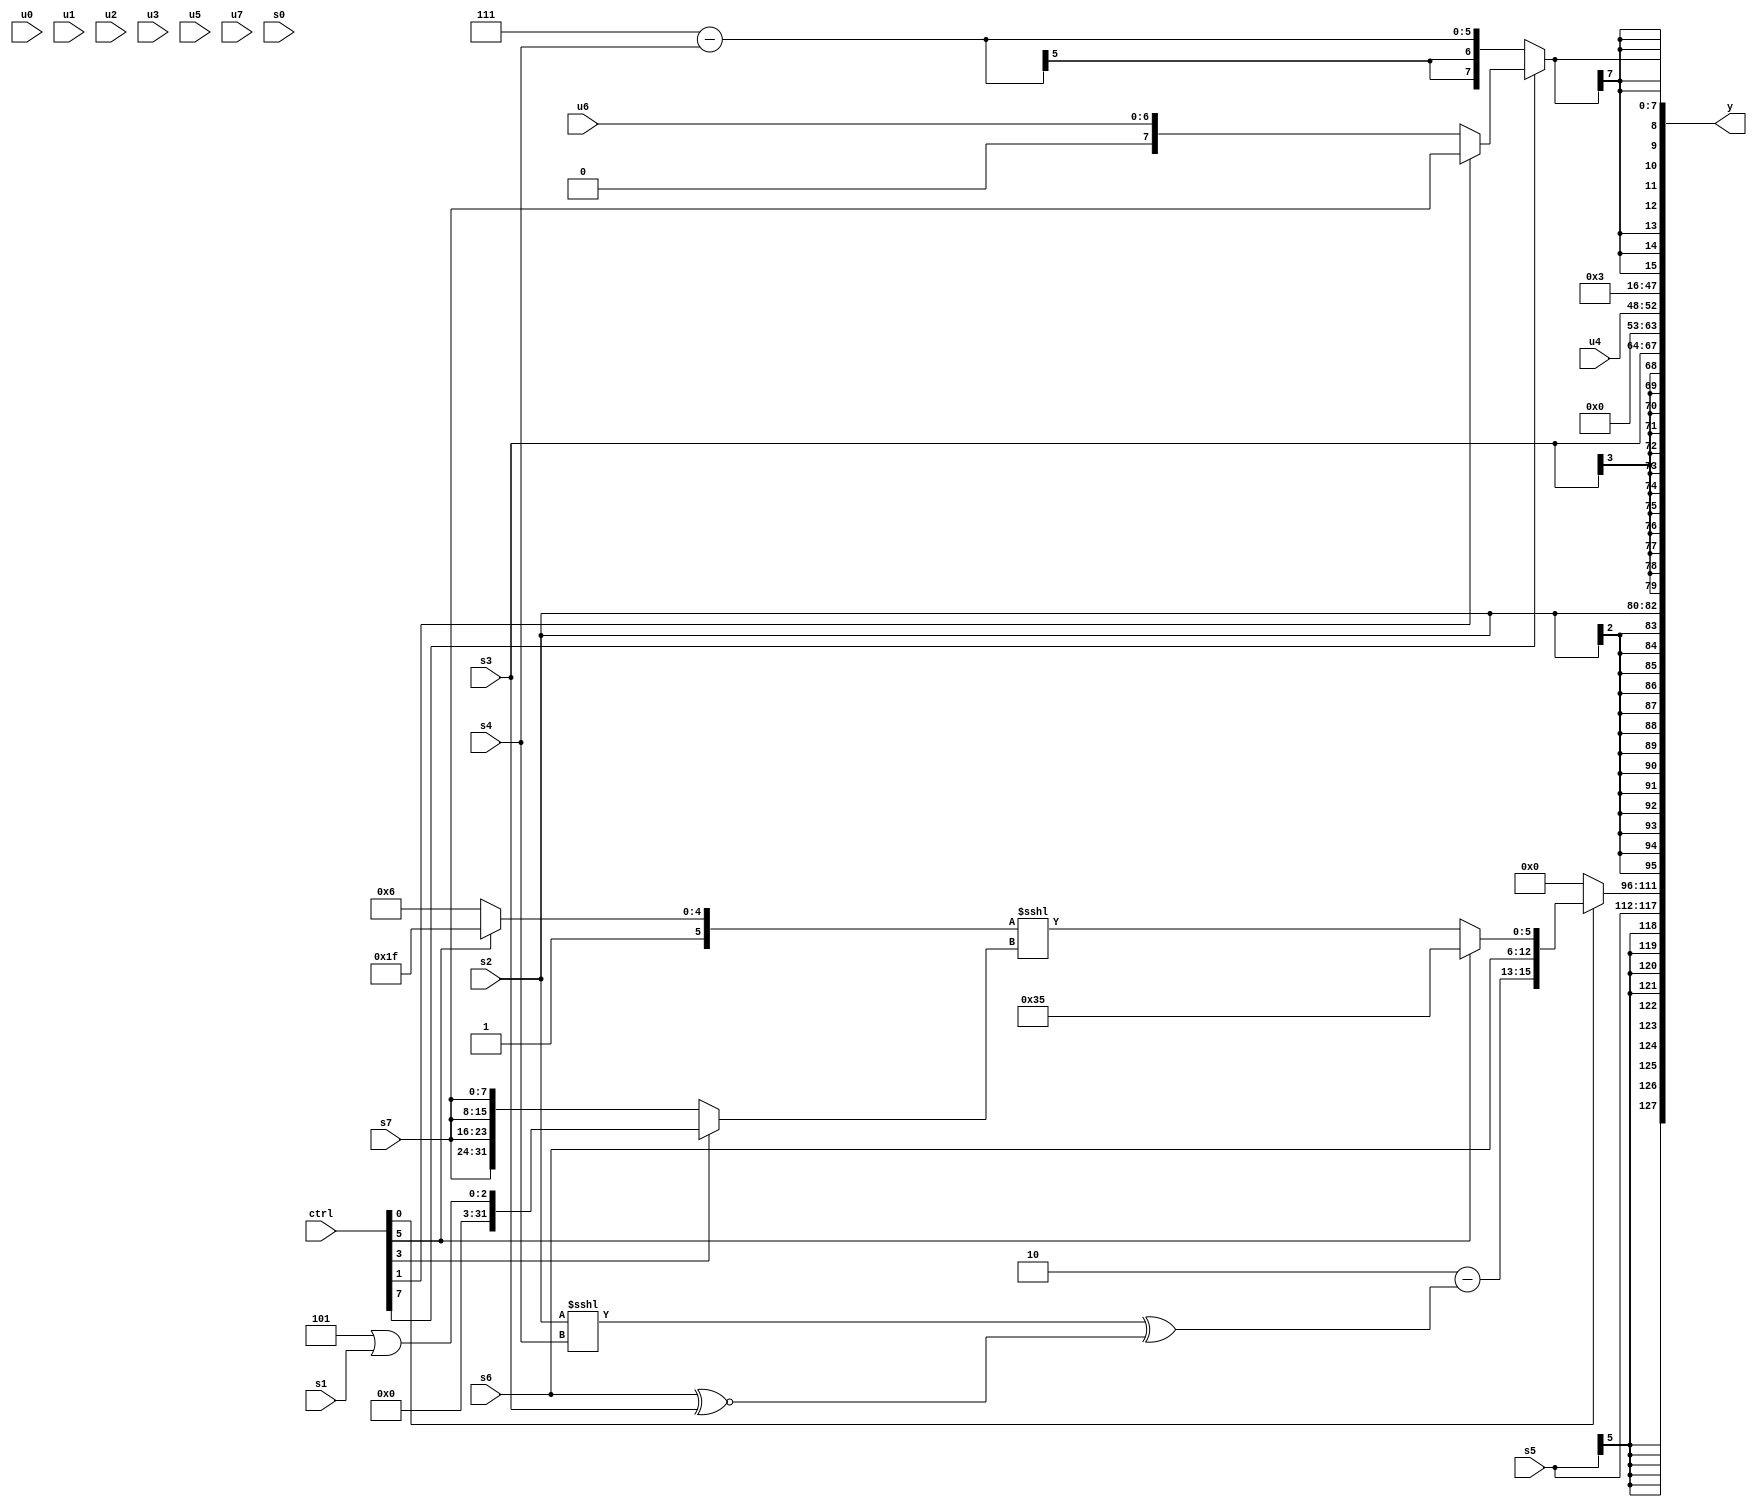
module wideexpr_00167(ctrl, u0, u1, u2, u3, u4, u5, u6, u7, s0, s1, s2, s3, s4, s5, s6, s7, y);
  input [7:0] ctrl;
  input [0:0] u0;
  input [1:0] u1;
  input [2:0] u2;
  input [3:0] u3;
  input [4:0] u4;
  input [5:0] u5;
  input [6:0] u6;
  input [7:0] u7;
  input signed [0:0] s0;
  input signed [1:0] s1;
  input signed [2:0] s2;
  input signed [3:0] s3;
  input signed [4:0] s4;
  input signed [5:0] s5;
  input signed [6:0] s6;
  input signed [7:0] s7;
  output [127:0] y;
  wire [15:0] y0;
  wire [15:0] y1;
  wire [15:0] y2;
  wire [15:0] y3;
  wire [15:0] y4;
  wire [15:0] y5;
  wire [15:0] y6;
  wire [15:0] y7;
  assign y = {y0,y1,y2,y3,y4,y5,y6,y7};
  assign y0 = s5;
  assign y1 = (ctrl[0]?{(3'sb010)-(({2{{$signed(s5),(ctrl[6]?6'sb100011:4'sb0111),(s2)<<<(s4)}}})^({2{$signed((s6)^~(s3))}})),+(s6),(ctrl[5]?5'sb10101:((ctrl[5]?1'sb1:-(6'sb011010)))<<<((ctrl[3]?{1{(3'sb101)|(s1)}}:{4{+(s7)}})))}:(s1)>>((1'sb0)-(3'sb010)));
  assign y2 = s2;
  assign y3 = s3;
  assign y4 = u4;
  assign y5 = 1'sb0;
  assign y6 = 5'b00011;
  assign y7 = $signed($unsigned((ctrl[7]?(ctrl[1]?$unsigned(s7):u6):({3{1'sb1}})-($signed(s4)))));
endmodule